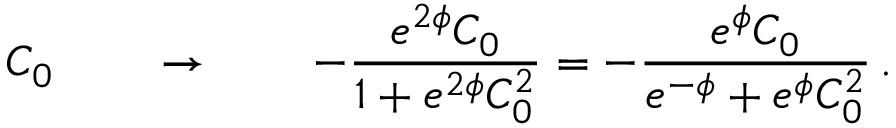
\, \, \, C _ { 0 } \qquad \rightarrow \qquad - \frac { e ^ { 2 \phi } C _ { 0 } } { 1 + e ^ { 2 \phi } C _ { 0 } ^ { 2 } } = - \frac { e ^ { \phi } C _ { 0 } } { e ^ { - \phi } + e ^ { \phi } C _ { 0 } ^ { 2 } } \, .